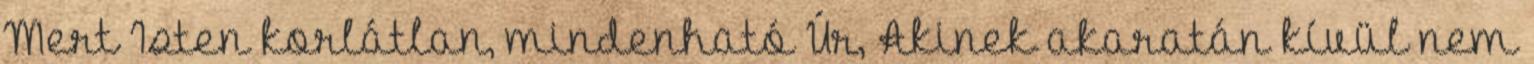
Mert Isten korlátlan, mindenható Úr, Akinek akaratán kívül nem